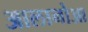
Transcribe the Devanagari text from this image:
आलानोआ